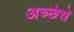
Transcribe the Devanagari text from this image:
अच्छेसे